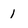
Character: 1